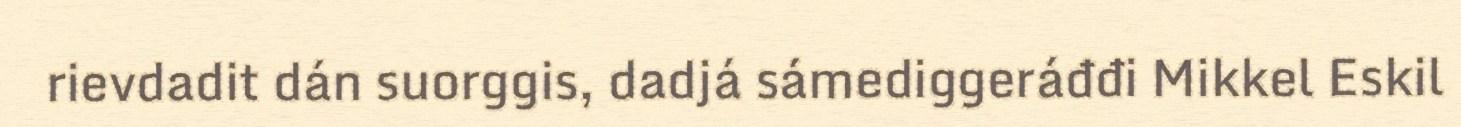
rievdadit dán suorggis, dadjá sámediggeráđđi Mikkel Eskil